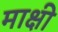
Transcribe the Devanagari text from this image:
माक्षी